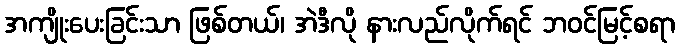
အကျိုးပေးခြင်းသာ ဖြစ်တယ်၊ အဲဒီလို နားလည်လိုက်ရင် ဘဝင်မြင့်စရာ